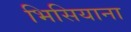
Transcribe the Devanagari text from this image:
भिसियाना